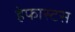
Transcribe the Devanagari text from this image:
हेफास्टस